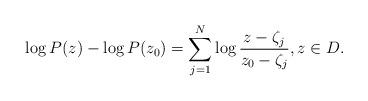
LaTeX: \begin{align*}\log P(z) -\log P(z_0)=\sum_{j=1}^N \log\frac{z-\zeta_j}{z_0-\zeta_j}, z\in D.\end{align*}